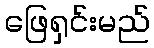
ဖြေရှင်းမည်